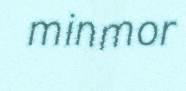
minmor